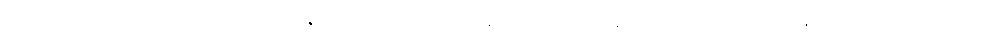
တည်ထားဆောက်လှူကြတာမို့ မန္တလေးကို ဗုဒ္ဓသာသနာ စည်ပင်ထွန်းကားတဲ့ မြို့ကြီးအဖြစ် အထက်၊ အောက်